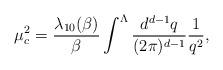
LaTeX: \begin{align*}\mu^{2}_{c}=\frac{\lambda_{10}(\beta)}{\beta} \int^{\Lambda}\frac{d^{d-1}q}{(2\pi)^{d-1}}\frac{1}{q^{2}},\end{align*}